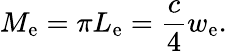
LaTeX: M_{\mathrm{e}}=\pi L_{\mathrm{e}}={\frac{c}{4}}w_{\mathrm{e}}.